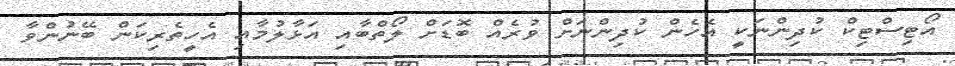
އޯޓިސްޓިކް ކުދިންނަކީ އެހެން ކުދިންނަށް ވުރެއް ބޮޑަށް ލޯތްބާއި އަޅާލުމާއި އެހީތެރިކަން ބޭނުންވާ